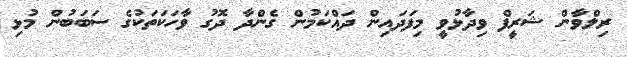
ރިލްވާން ޝަރީފް ވިދާޅުވީ މިފަދައިން ދައްކަމުން ގެންދާ ދޮގު ވާހަކަތަކުގެ ސަބަބުން މުޅި